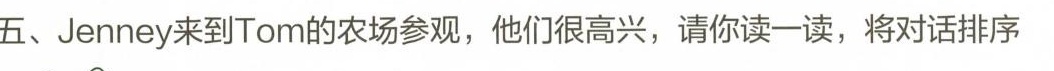
五、Jenney来到Tom的农场参观，他们很高兴， 请你读一读,将对话排序